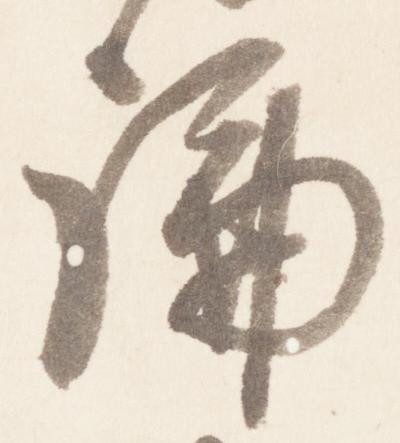
論